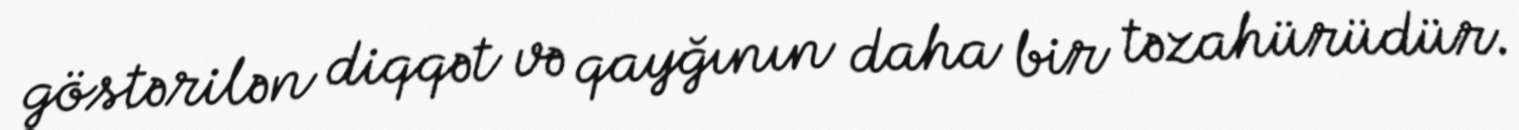
göstərilən diqqət və qayğının daha bir təzahürüdür.